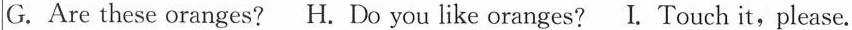
G. Are these oranges?H. Do you like oranges?I. Touch it,please.